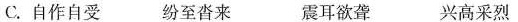
C.自作自受 纷至沓来 震耳欲聋 兴高采烈